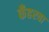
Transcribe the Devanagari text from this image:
कँहरवा